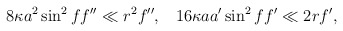
\begin{align*}8 \kappa a^2 \sin^2 f f'' \ll r^2 f'', \;\;\;16\kappa a a' \sin^2 f f' \ll 2r f',\end{align*}